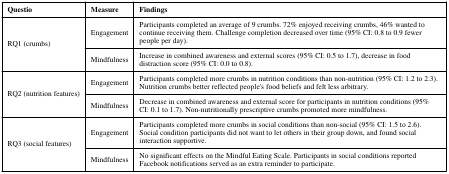
| Questio | Measure | Findings |
 | --- | --- | --- |
 | <ROWSPAN=2> RQ1 (crumbs) | Engagement | Participants completed an average of 9 crumbs. 72% enjoyed receiving crumbs, 46% wanted to continue receiving them. Challenge completion decreased over time (95% CI: 0.8 to 0.9 fewer people per day). |
 | Mindfulness | Increase in combined awareness and external scores (95% CI: 0.5 to 1.7), decrease in food distraction score (95% CI: 0.0 to 0.8). |
 | <ROWSPAN=2> RQ2 (nutrition features) | Engagement | Participants completed more crumbs in nutrition conditions than non-nutrition (95% CI: 1.2 to 2.3). Nutrition crumbs better reflected people's food beliefs and felt less arbitrary. |
 | Mindfulness | Decrease in combined awareness and external score for participants in nutrition conditions (95% CI: 0.1 to 1.7). Non-nutritionally prescriptive crumbs promoted more mindfulness. |
 | <ROWSPAN=2> RQ3 (social features) | Engagement | Participants completed more crumbs in social conditions than non-social (95% CI: 1.5 to 2.6). Social condition participants did not want to let others in their group down, and found social interaction supportive. |
 | Mindfulness | No significant effects on the Mindful Eating Scale. Participants in social conditions reported Facebook notifications served as an extra reminder to participate. |